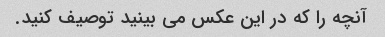
آنچه را که در این عکس می بینید توصیف کنید.